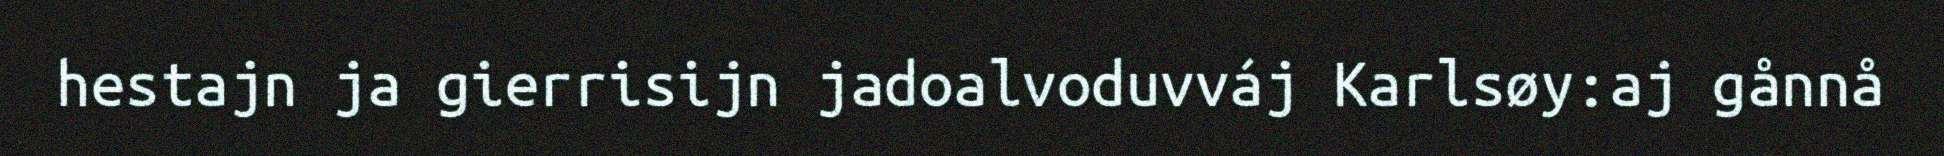
hestajn ja gierrisijn jadoalvoduvváj Karlsøy:aj gånnå